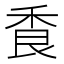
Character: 𦫌